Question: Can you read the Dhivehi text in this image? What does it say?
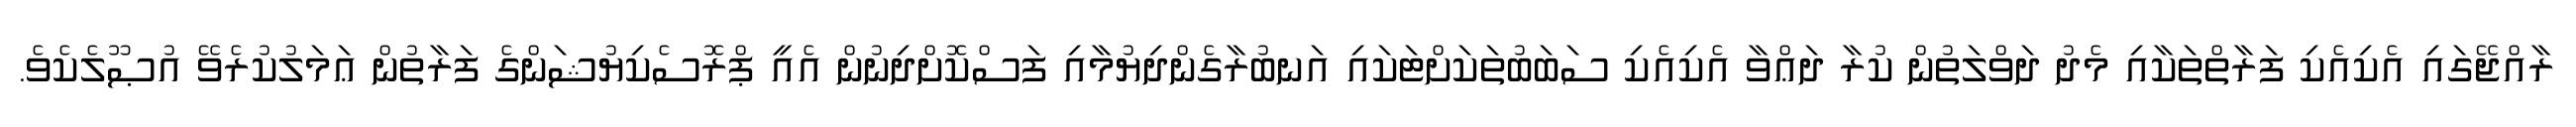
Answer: ރާއްޖޭގައި އެކިއެކި ފަރާތްތަކާއި މެދު ދަވްލަތުން ކުރާ ދަޢްވާ އެކިއެކި ސަބަބުތަކަށްޓަކައި އަނބުރާގެންދިޔުމާއި ފަސްކޮށްދިނުން އެއީ ޕްރޮސެކިޔުޝަންގެ ފަރާތުން ޢަމަލުކުރެވޭ އުޞޫލެކެވެ.